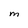
Character: M